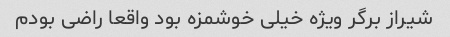
شیراز برگر ویژه خیلی خوشمزه بود واقعا راضی بودم